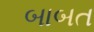
બાબત